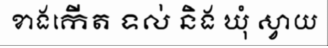
ខាងកើត ទល់ និង ឃុំ ស្វាយ